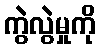
ကွဲလွဲမှုကို